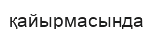
қайырмасында